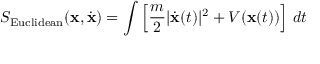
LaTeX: S _ { \mathrm { E u c l i d e a n } } ( \mathbf { x } , { \dot { \mathbf { x } } } ) = \int \left[ { \frac { m } { 2 } } | { \dot { \mathbf { x } } } ( t ) | ^ { 2 } + V ( \mathbf { x } ( t ) ) \right] \, d t